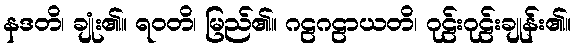
နဒတိ၊ ချုံး၏။ ရဝတိ၊ မြည်၏။ ဂဠဂဠာယတိ၊ ဂုဠ်းဂုဠ်းချုန်း၏။